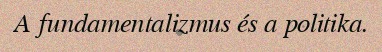
A fundamentalizmus és a politika.